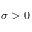
\sigma > 0